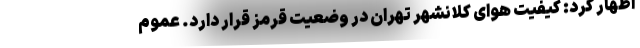
اظهار کرد: کیفیت هوای کلانشهر تهران در وضعیت قرمز قرار دارد. عموم